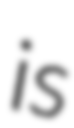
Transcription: is